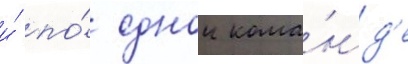
и́ по́ однои кома́нд'е